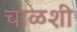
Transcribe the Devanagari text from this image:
चाळशी